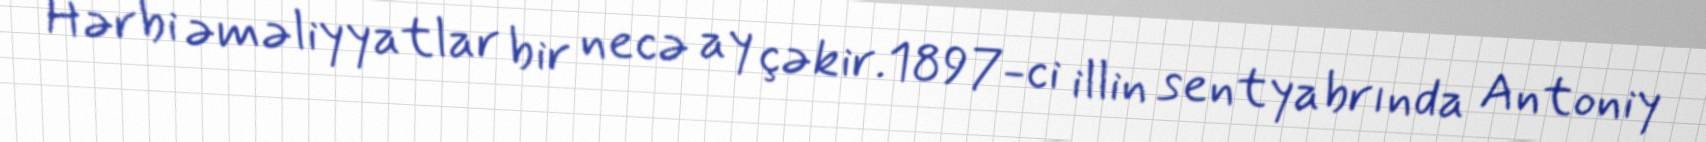
Hərbi əməliyyatlar bir necə ay çəkir.1897-ci illin sentyabrında Antoniy